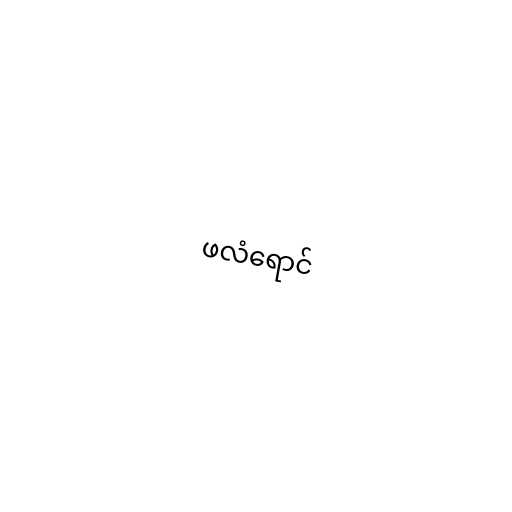
ဖလံရောင်